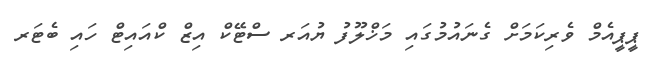
ޕީޕީއެމް ވެރިކަމަށް ގެނައުމުގައި މަޚްލޫފު ޔުއަރ ސްޓޭކް އިޒް ކްއައިޓް ހައި ބެޓަރ